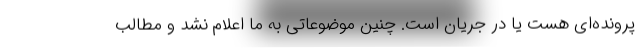
پرونده‌ای هست یا در جریان است. چنین موضوعاتی به ما اعلام نشد و مطالب